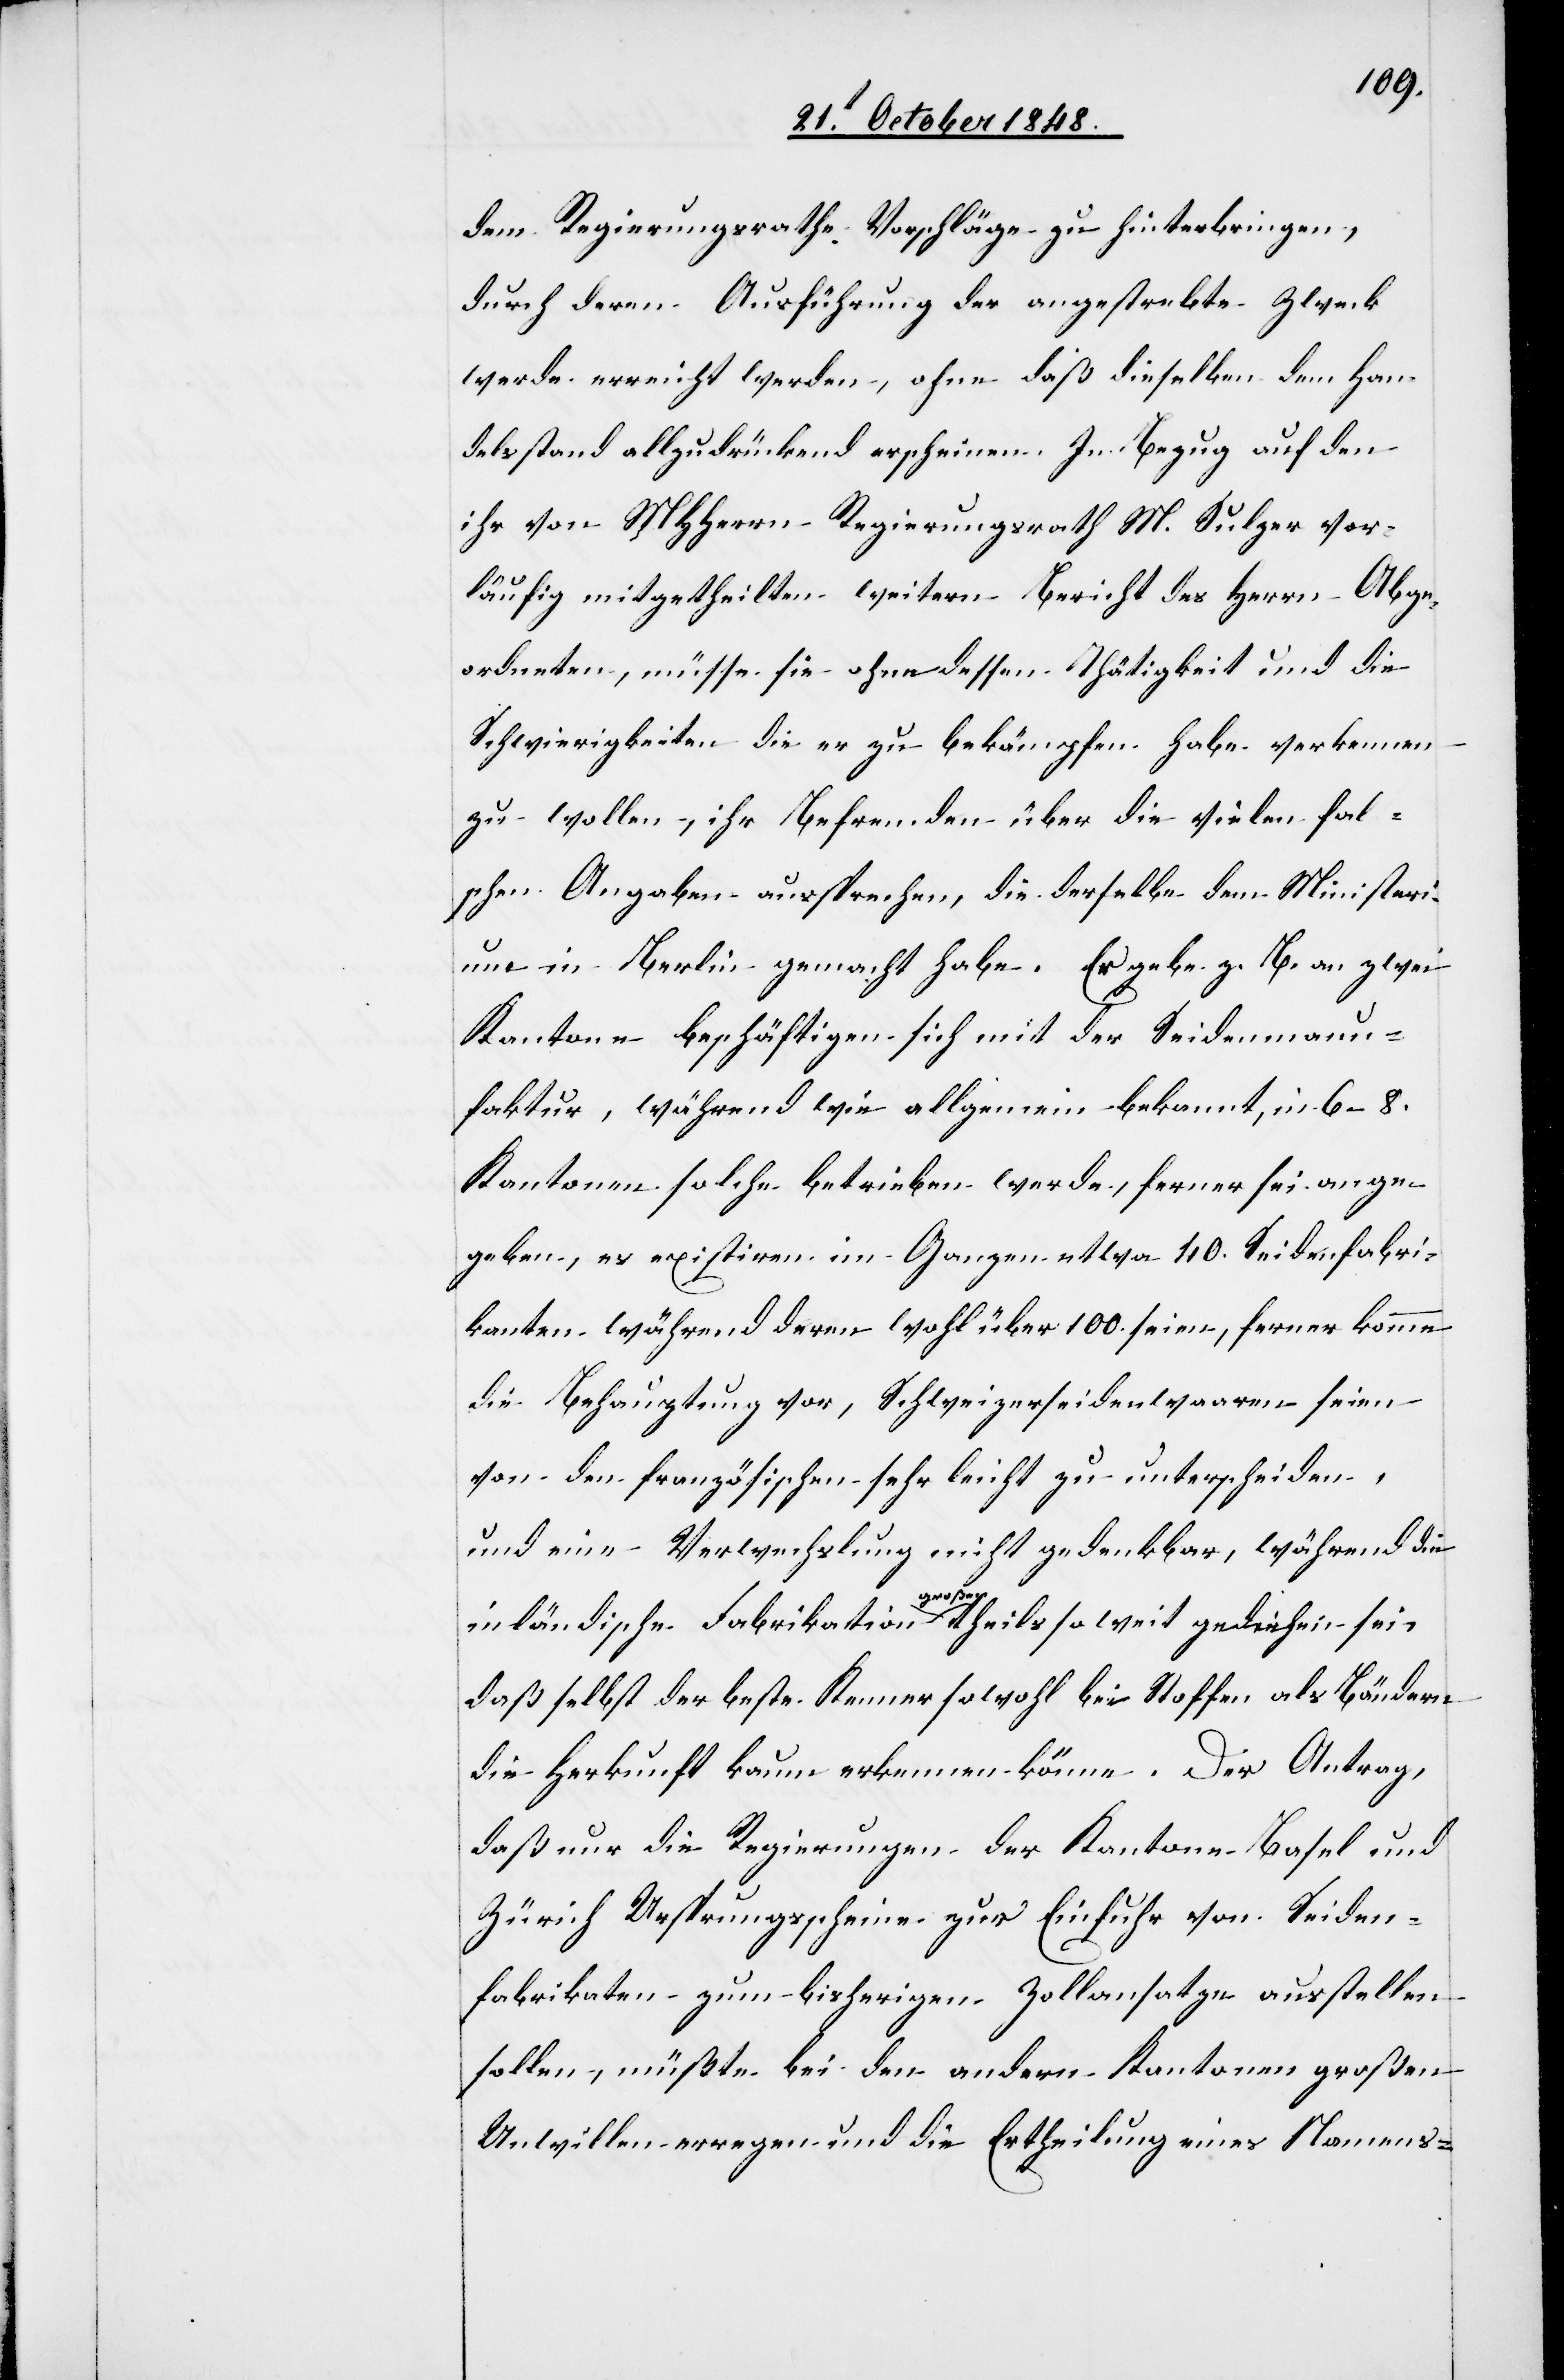
dem Regierungsrathe Vorschläge zu hinterbringen,
durch deren Ausführung der angestrebte Zweck
werde erreicht werden, ohne daß dieselben dem Han¬
delsstand allzudrückend erscheinen. In Bezug auf den
ihr von MHHerrn Regierungsrath M. Sulzer vor¬
läufig mitgetheilten weitern Bericht des Herrn Abge¬
ordneten, müsse sie ohne dessen Thätigkeit und die
Schwierigkeiten die er zu bekämpfen habe verkennen
zu wollen, ihr Befremden über die vielen fal¬
schen Angaben aussprechen, die derselbe dem Ministeri¬
um in Berlin gemacht habe. Er gebe z. B. an zwei
Kantone beschäftigen sich mit der Seidenmanu¬
faktur, während wie allgemein bekannt, in 6–8.
Kantonen solche betrieben werde, ferner sei ange¬
geben, es existiren im Ganzen etwa 40. Seidenfabri¬
kanten während deren wohl über 100. seien, ferner komme
die Behauptung vor, Schweizerseidenwaaren seien
von den französischen sehr leicht zu unterscheiden,
und eine Verwechslung nicht gedenkbar, während die
inländische Fabrikation großen theils so weit gediehen sei,
daß selbst der beste Kenner sowohl bei Stoffen als Bändern
die Herkunft kaum erkennen könne. Der Antrag,
daß nur die Regierungen der Kantone Basel und
Zürich Ursprungsscheine zur Einfuhr von Seiden¬
fabrikaten zum bisherigen Zollansatze ausstellen
sollen, müßte bei den andern Kantonen großen
Unwillen erregen und die Ertheilung eines Namens-